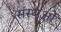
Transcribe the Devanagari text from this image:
संस्थओं